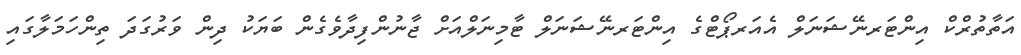
އަތާތުރްކް އިންޓަރނޭޝަނަލް އެއަރޕޯޓްގެ އިންޓަރނޭޝަނަލް ޓާމިނަލްއަށް ޖާނުންފިދާވެގެން ބަޔަކު ދިން ވަރުގަދަ ތިންހަމަލާގައި